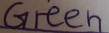
Text: Green